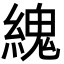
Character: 䌆